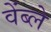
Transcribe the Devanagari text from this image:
वेंब्ले